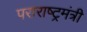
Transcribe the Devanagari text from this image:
पराराष्ट्रमंत्री